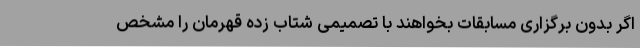
اگر بدون برگزاری مسابقات بخواهند با تصمیمی شتاب زده قهرمان را مشخص